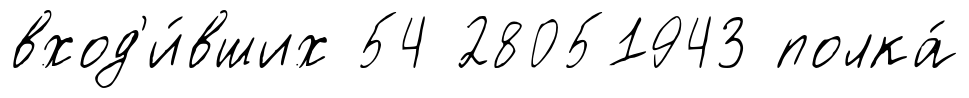
вход'и́вших 54 28051943 полка́